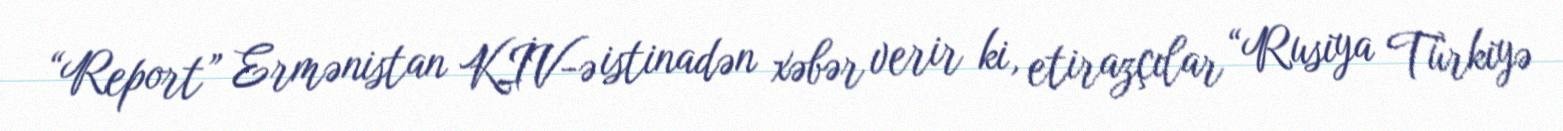
“Report” Ermənistan KİV-ə istinadən xəbər verir ki, etirazçılar “Rusiya Türkiyə